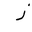
Letter: _zay